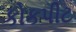
કોકપીટ